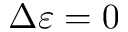
\Delta \varepsilon = 0